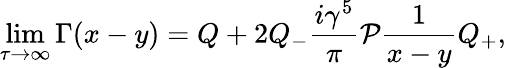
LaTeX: \operatorname*{lim}_{\tau\rightarrow\infty}\Gamma(x-y)=Q+2Q_{-}\frac{i\gamma^{5}}{\pi}{\cal P}\frac{1}{x-y}Q_{+},